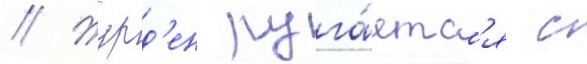
// Журд'ен руга́етс'я с